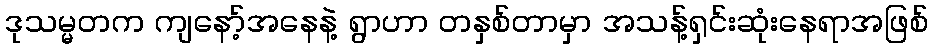
ဒုသမ္မတက ကျနော့်အနေနဲ့ ရွာဟာ တနှစ်တာမှာ အသန့်ရှင်းဆုံးနေရာအဖြစ်